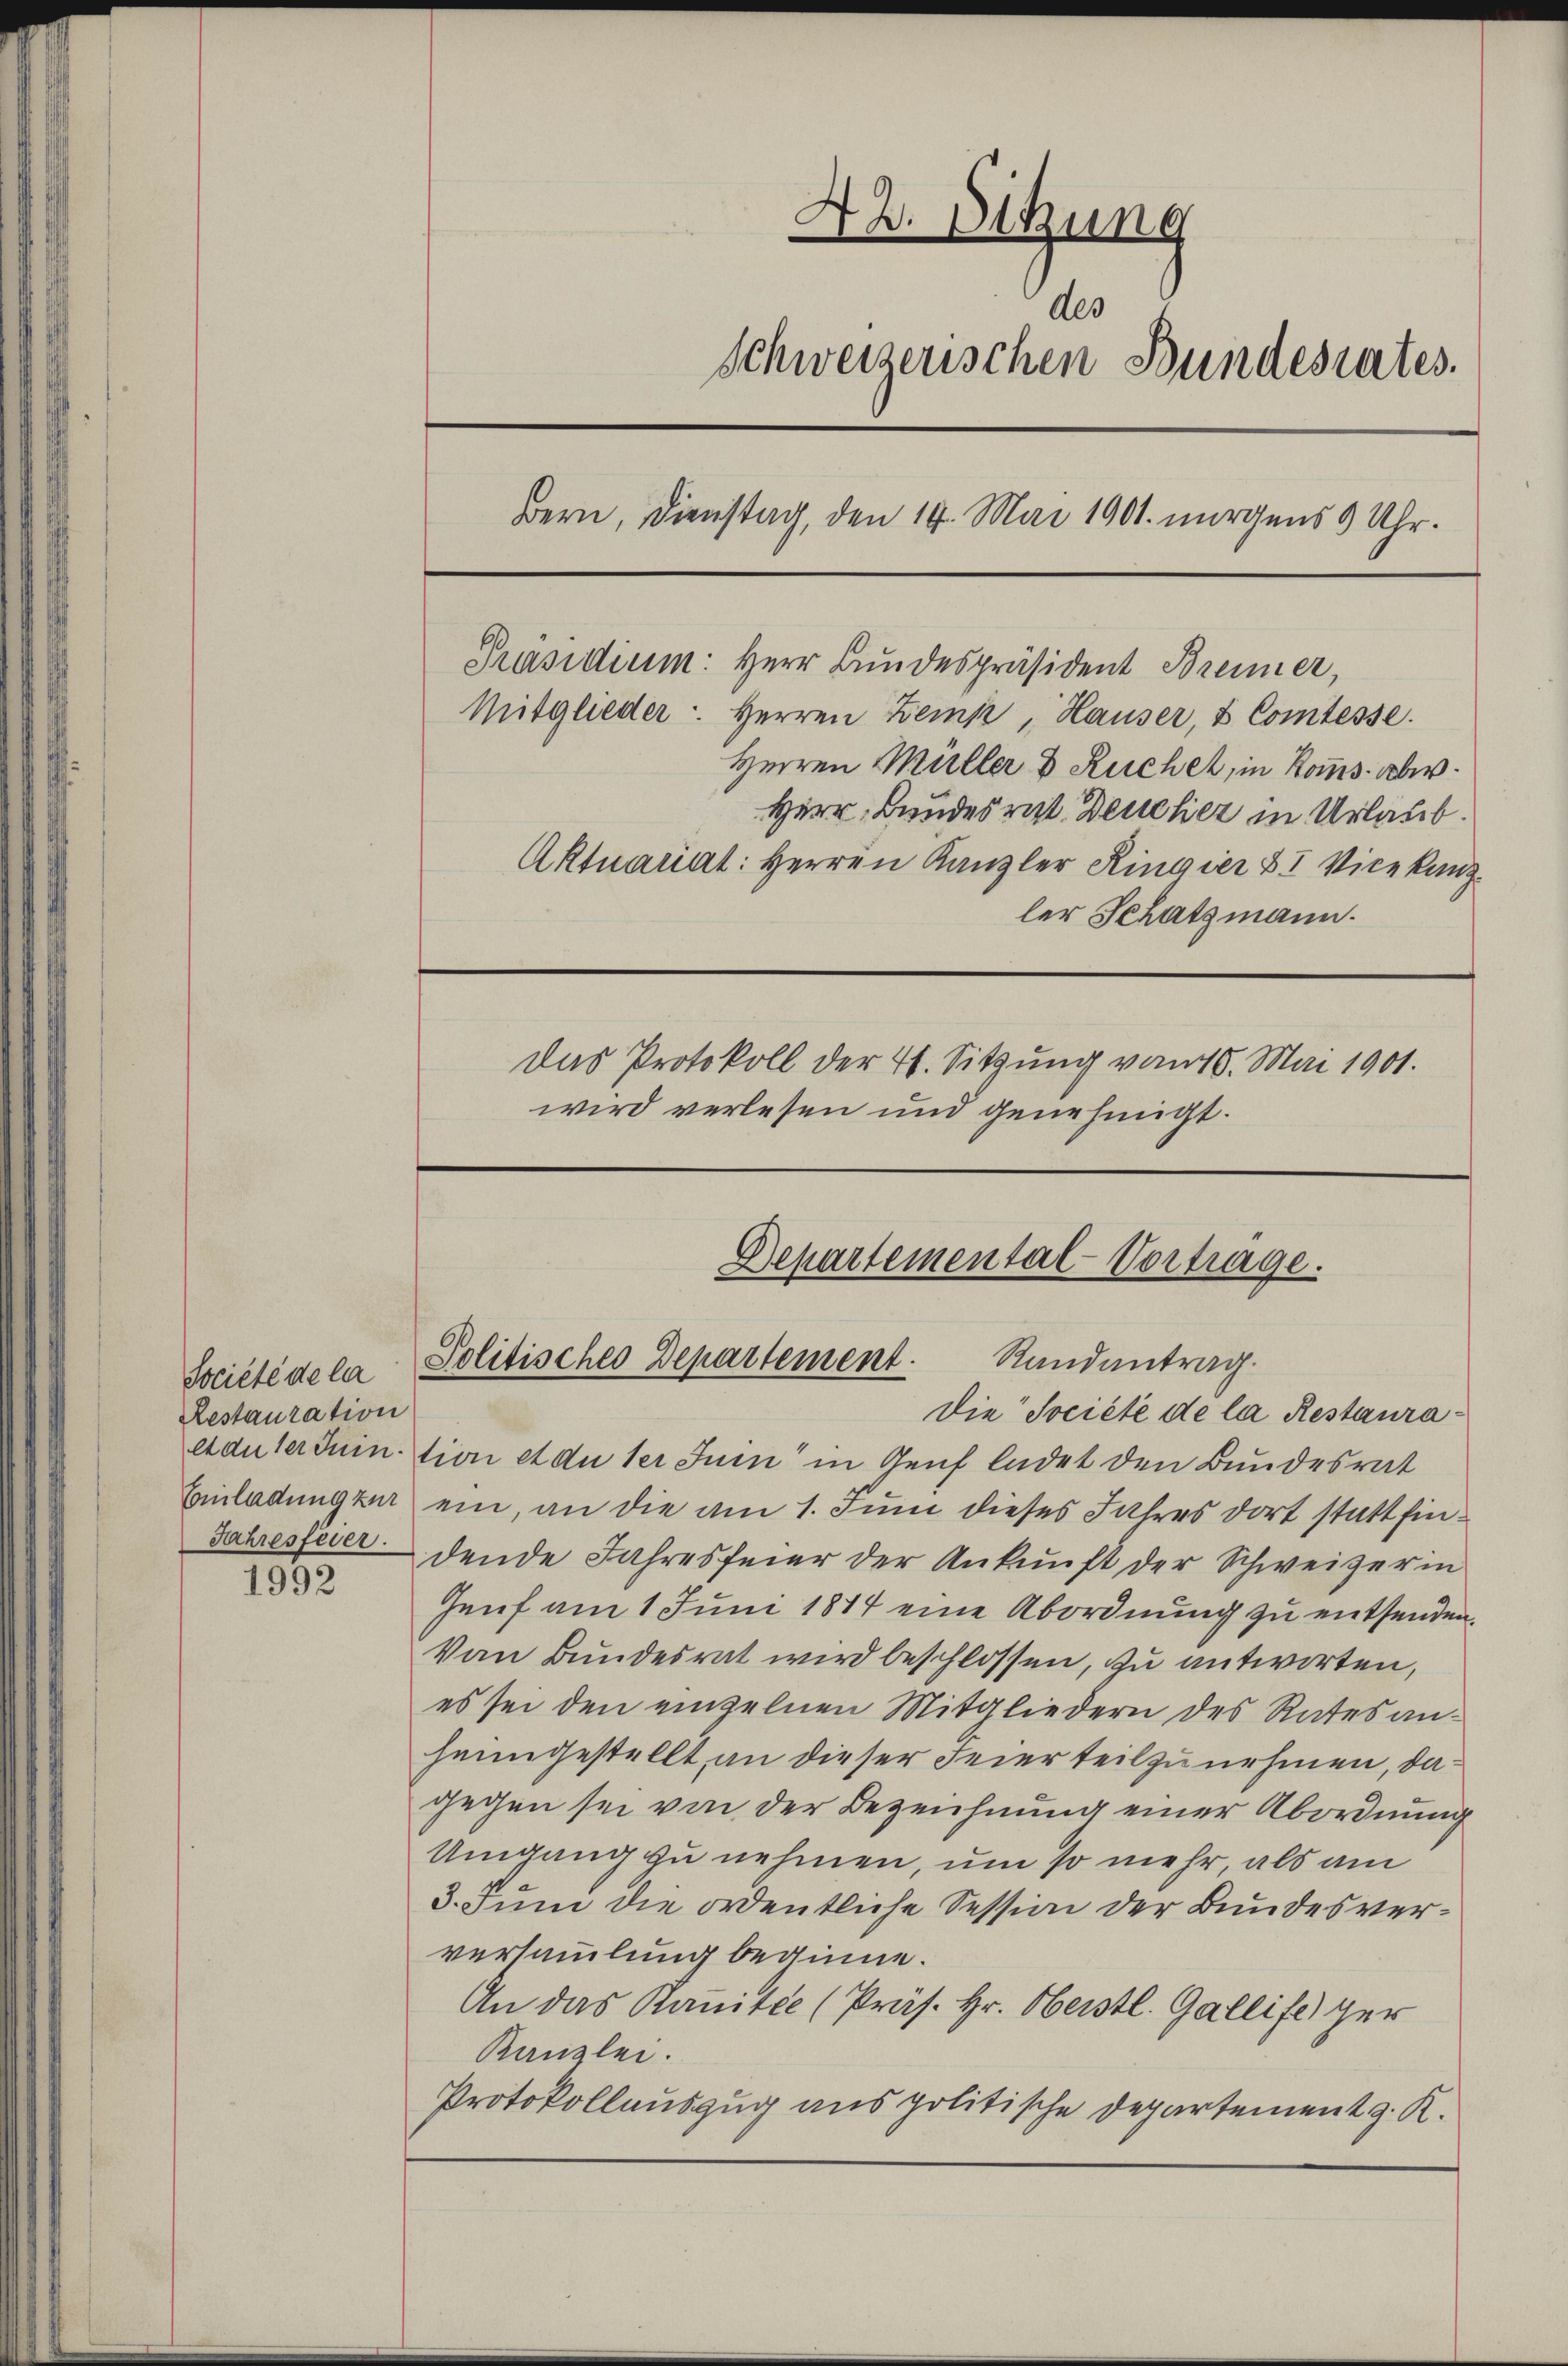
Société de la
Restauration
At du ter Juin
Einladung zur
Jahresfeier.

1992

42. Sitzung
des
Schweizerischen Bundesrates.
Bern, Dienstag, den 14. Mai 1901. morgens 9 Uhr.
Präsidium: Herr Bundespräsident Brenner
Mitglieder: Herren Zein, Hauser, & Comtesse.
Herren Müller & Ruchel, in Roms schr.
Herr Bundesrat Deucher in Urlaub.
Aktuariat: Herren Kanzler Ringier & I Vicekanzler Schatzmann.
Das Protokoll der 4. Sitzung vom 10. Mai 1901.
wird verlesen und genehmigt.

Departemental-Vortrage.
Politisches Departement. Randantrag.
Die Société de la Restaura

tion et du der Juin in Genf ladet den Bundesrat
ein, an die am 1. Juni dieses Jahres dort stattfindende Jahresfeier der Ankunft der Schweizerin
Genf am 1. Juni 1817 eine Abordnung zu entsenden.
Von Bundesrat wird beschlossen, zu antworten,
es sei den einzelnen Mitgliedern des Rates anheimgestellt an dieser Feierteilzunehmen, da
gegen sei von der Bezeichnung einer Abordnung
Umgang zu nehmen, um so mehr, als am
3. Juni die ordentliche Session der Bundesverversammlung beginne.
An das Komitee (Präs. Hr. Herstl. Gallife ger
Kanzlei.
Protokollauszug aus politische Departement z. R.